Civil Veterinary Dept. Bombay admin report 1893-99 - 1893-1899
Year: 1893
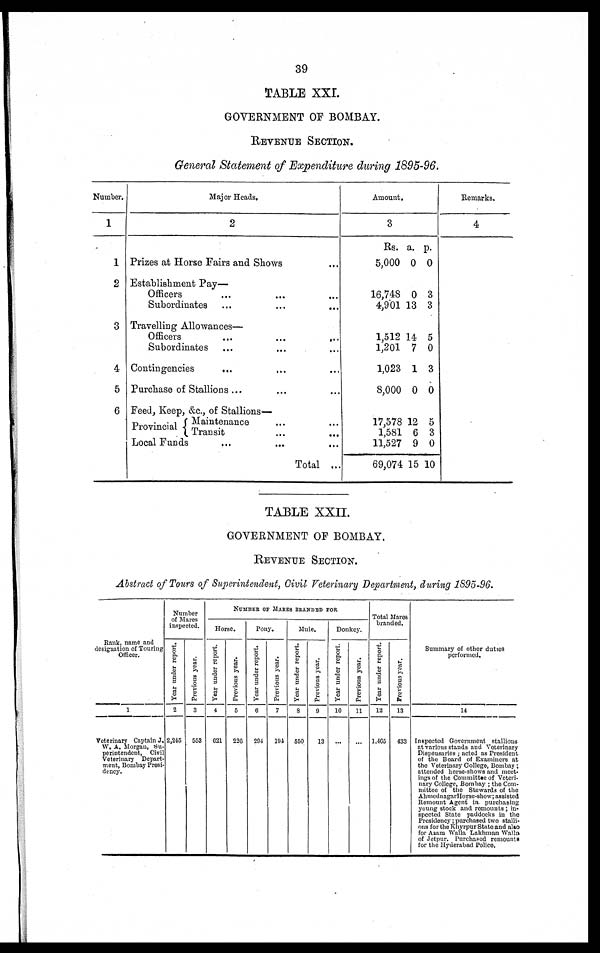
39
TABLE XXI.
GOVERNMENT OF BOMBAY.
REVENUE
SECTION.
General Statement of Expenditure during 1895-96.
Number.
1
1
2
3
4
5
6
Major Heads.
2
Prizes at Horse Fairs and Shows ...
Establishment Pay—
Officers ... ... ...
Subordinates ... ... ...
Travelling Allowances—
Officers
...
...
...
Subordinates ... ... ...
Contingencies ... ... ...
Purchase of Stallions ... ... ...
Feed, Keep, &c., of Stallions—
Provincial
Maintenance ... ...
Transit
...
...
Local Funds ... ... ...
Total ...
Amount.
3
Rs.
5,000
a.
0
p.
0
16,748
4,901
0
13
3
3
1,512
1,201
1,023
8,000
14
7
1
0
5
0
3
0
17,578
1,581
11,527
69,074
12
6
9
15
5
3
0
10
Remarks.
4
TABLE XXII.
GOVERNMENT OF BOMBAY.
REVENUE
SECTION.
Abstract of Tours of Superintendent, Civil Veterinary Department, during 1895-96.
Rank, name and
designation of Touring
Officer.
1
Veterinary Captain J.
W. A. Morgan, Su¬
perintendent, Civil
Veterinary Depart-
ment, Bombay Presi-
dency.
Number
of Mares
inspected.
Year under report.
2
2,245
Previous year.
3
553
NUMBER OF MARES BRANDED FOR
Horse.
Year under report.
4
621
Previous year.
5
226
Pony.
Year under report.
6
294
Previous year.
7
194
Mule.
Year under report.
8
550
Previous year.
9
13
Donkey.
Year under report.
10
...
Previous year.
11
...
Total Mares
branded.
Year under report.
12
1,465
Previous year.
13
433
Summary of other duties
performed.
14
Inspected Government stallions
at various stands and Veterinary
Dispensaries; acted as President
of the Board of Examiners at
the Veterinary College, Bombay;
attended horse-shows and meet-
ings of the Committee of Veteri-
nary College, Bombay; the Com-
mittee of the Stewards of the
AhmednagarHorse-show; assisted
Remount Agent in purchasing
young stock and remounts; in-
spected State paddocks in the
Presidency; purchased two stalli-
ons for the Khyrpur State and also
for Azam Walla Lakhman Walla
of Jetpur. Purchased remounts
for the Hyderabad Police.